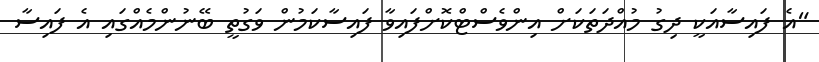
"އެ ފައިސާއަކީ ދިގު މުއްދަތަކަށް އިންވެސްޓްކޮށްފައިވާ ފައިސާކަމުން ވަގުތީ ބޭނުންމެއްގައި އެ ފައިސާ